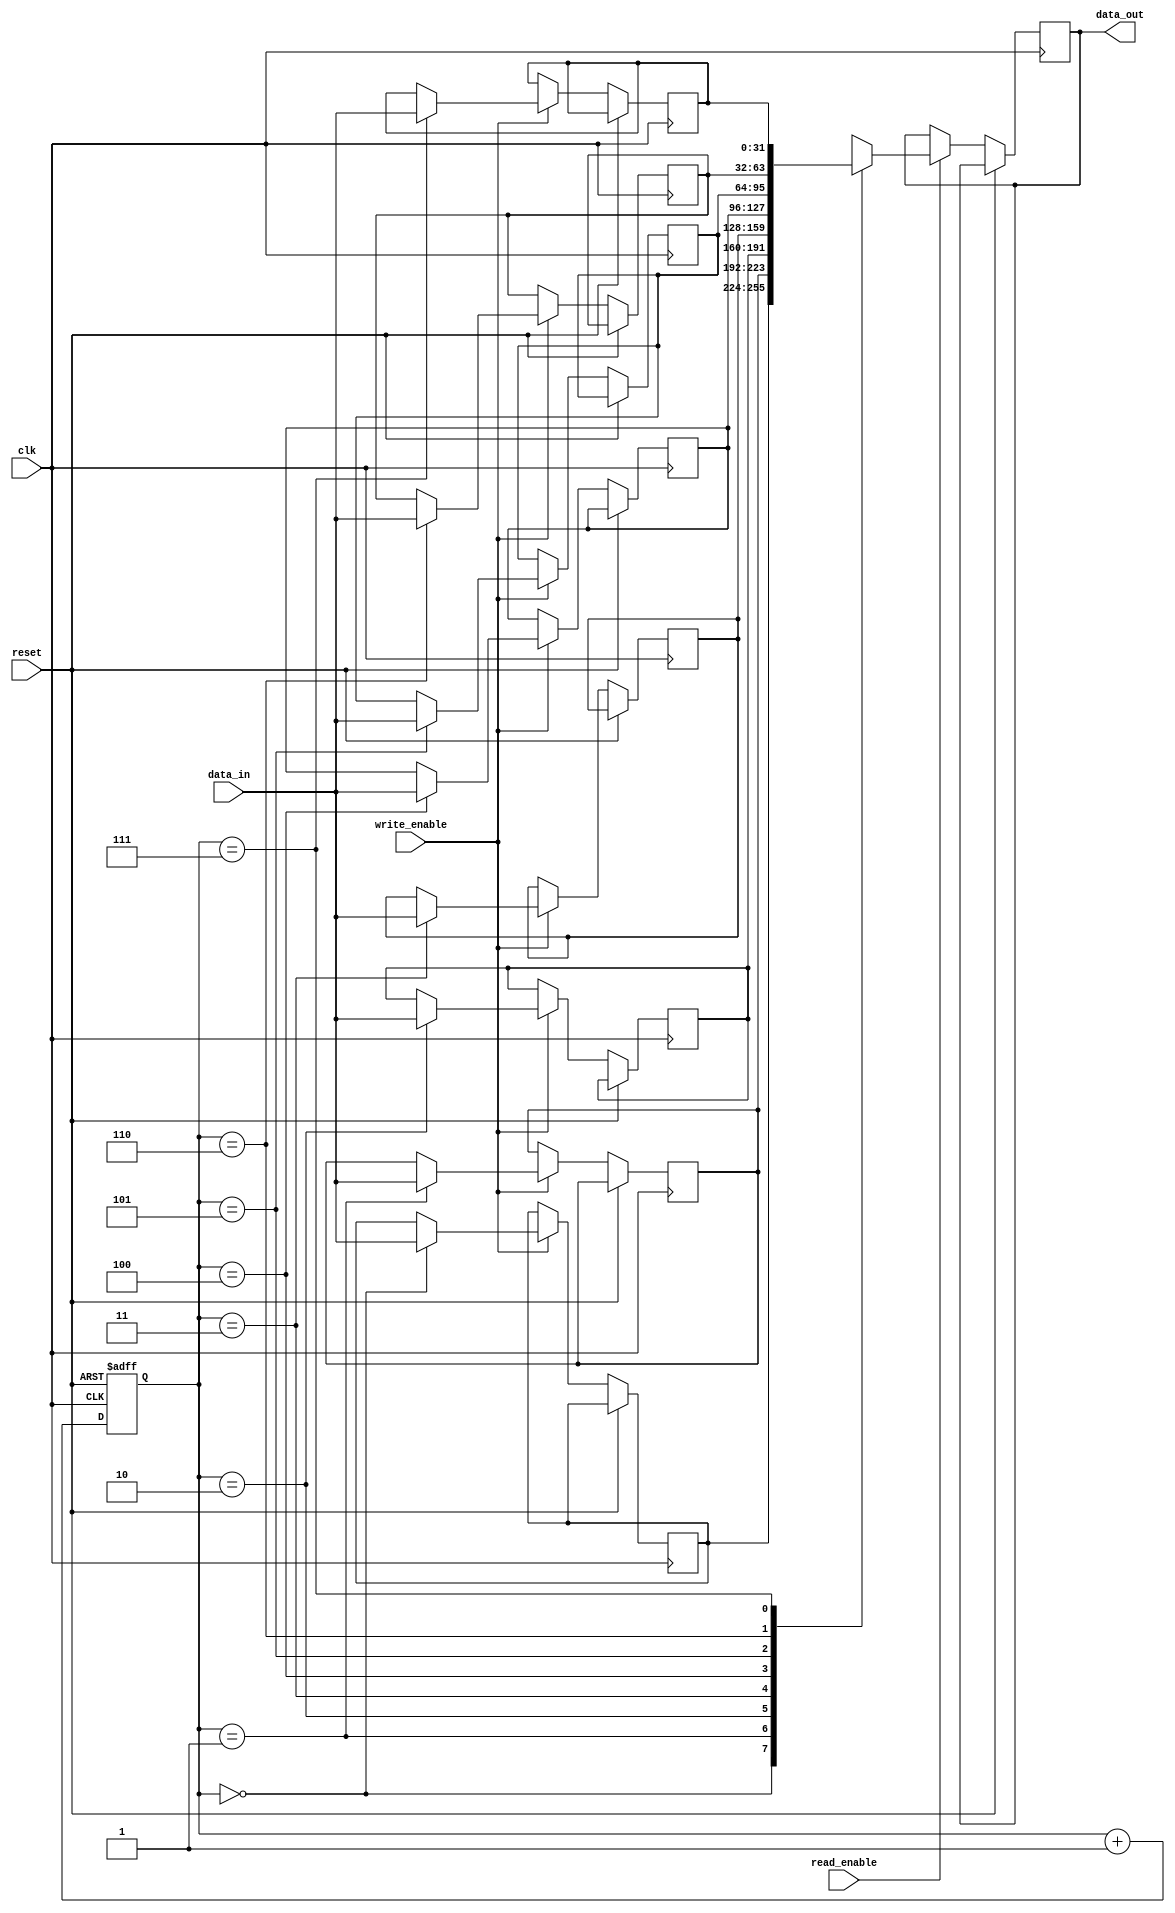
module CircularRegisterFile (
    input wire [31:0] data_in,
    input wire write_enable,
    input wire read_enable,
    input wire clk,
    input wire reset,
    output reg [31:0] data_out
);

parameter NUM_REGISTERS = 8; // Define the number of registers
parameter REGISTER_WIDTH = 32; // Define the width of each register

reg [REGISTER_WIDTH-1:0] registers [0:NUM_REGISTERS-1]; // Declare an array of registers

reg [2:0] pointer = 0; // Initialize pointer to point to first register

always @(posedge clk or posedge reset) begin
    if (reset) begin
        pointer <= 0; // Reset pointer to initial position
    end else begin
        if (write_enable) begin // Write data into register pointed by pointer
            registers[pointer] <= data_in;
        end
        if (read_enable) begin // Read data from register pointed by pointer
            data_out <= registers[pointer];
        end
        pointer <= pointer + 1; // Increment pointer
        if (pointer == NUM_REGISTERS) begin
            pointer <= 0; // Wrap around if pointer reaches end of array
        end
    end
end

endmodule